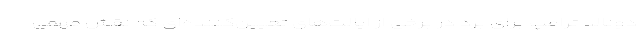
دونالد ترامپ برای برد در برخی از ایالت‌های تعیین‌کننده‌ای که نقش مهمی